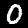
Label: 0